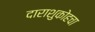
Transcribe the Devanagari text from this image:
दाराशुकोहचा